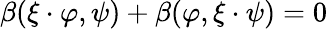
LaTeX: \beta(\xi\cdot\varphi,\psi)+\beta(\varphi,\xi\cdot\psi)=0